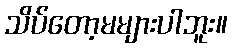
သိပ်တော့မများပါဘူး။